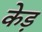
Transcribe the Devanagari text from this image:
केड़